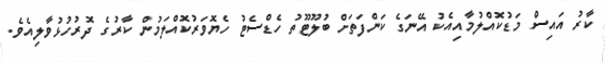
ކާރު އައިސް މަޑުކޮއްލުމާއިއެކު އޭނަގެ ކަންފަތަށް ބުލޫޓޫތު ހެޑްސެޓު ހެޔޮވަރުކޮއްލަމުން ކާރުގެ ދޮރުހުޅުވާލިއެވެ.